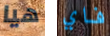
هيا فاي